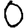
Digit: 0